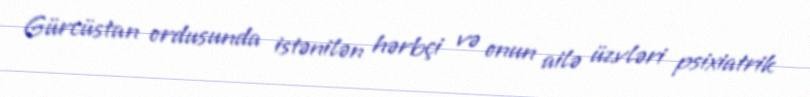
Gürcüstan ordusunda istənilən hərbçi və onun ailə üzvləri psixiatrik